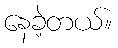
နေခဲ့တယ်။